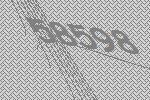
58598